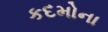
કદમોના